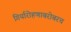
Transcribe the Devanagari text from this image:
गिर्यारोहणाबरोबरच